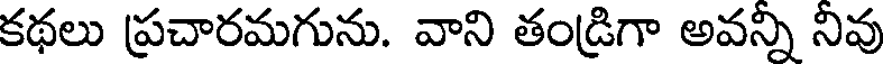
కథలు ప్రచారమగును. వాని తండ్రిగా అవన్ని నివు